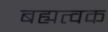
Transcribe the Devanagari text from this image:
बह्यत्वक